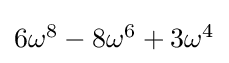
{\textstyle 6\omega ^{8}-8\omega ^{6}+3\omega ^{4}}